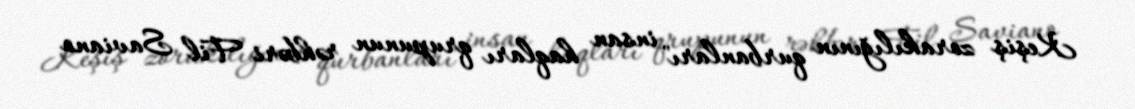
Keşiş zorakılığının qurbanları" insan haqları qrupunun rəhbəri Fil Saviano